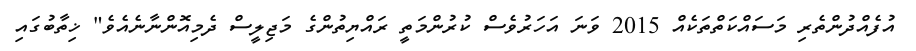
އުފެއްދުންތެރި މަސައްކަތްތަކެއް 2015 ވަނަ އަހަރުވެސް ކުރުންމަތީ ރައްޔިތުންގެ މަޖިލީސް ދެމިއޮންނާނެއެވެ" ޚިތާބުގައި